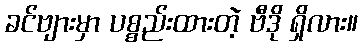
ခင်ဗျားမှာ ပစ္စည်းထားတဲ့ ဗီဒို ရှိလား။